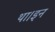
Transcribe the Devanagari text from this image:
था।इन